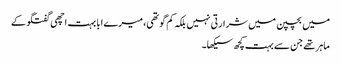
میں بچپن میں شرارتی نہیں بلکہ کم گو تھی، میرے ابا بہت اچھی گفتگو کے
ماہر تھے جن سے بہت کچھ سیکھا۔